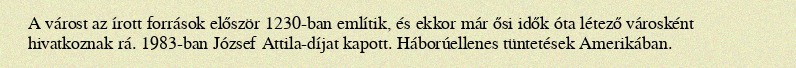
A várost az írott források először 1230-ban említik, és ekkor már ősi idők óta létező városként hivatkoznak rá. 1983-ban József Attila-díjat kapott. Háborúellenes tüntetések Amerikában.